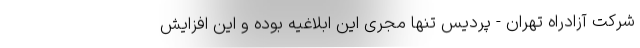
شرکت آزادراه تهران - پردیس تنها مجری این ابلاغیه بوده و این افزایش